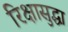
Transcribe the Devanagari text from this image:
रिक्षासुद्धा